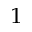
^ { 1 }